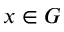
x \in G